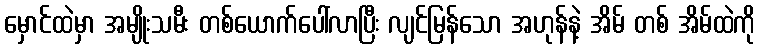
မှောင်ထဲမှာ အမျိုးသမီး တစ်ယောက်ပေါ်လာပြီး လျင်မြန်သော အဟုန်နဲ့ အိမ် တစ် အိမ်ထဲကို